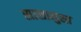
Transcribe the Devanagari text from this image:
सासामुसा